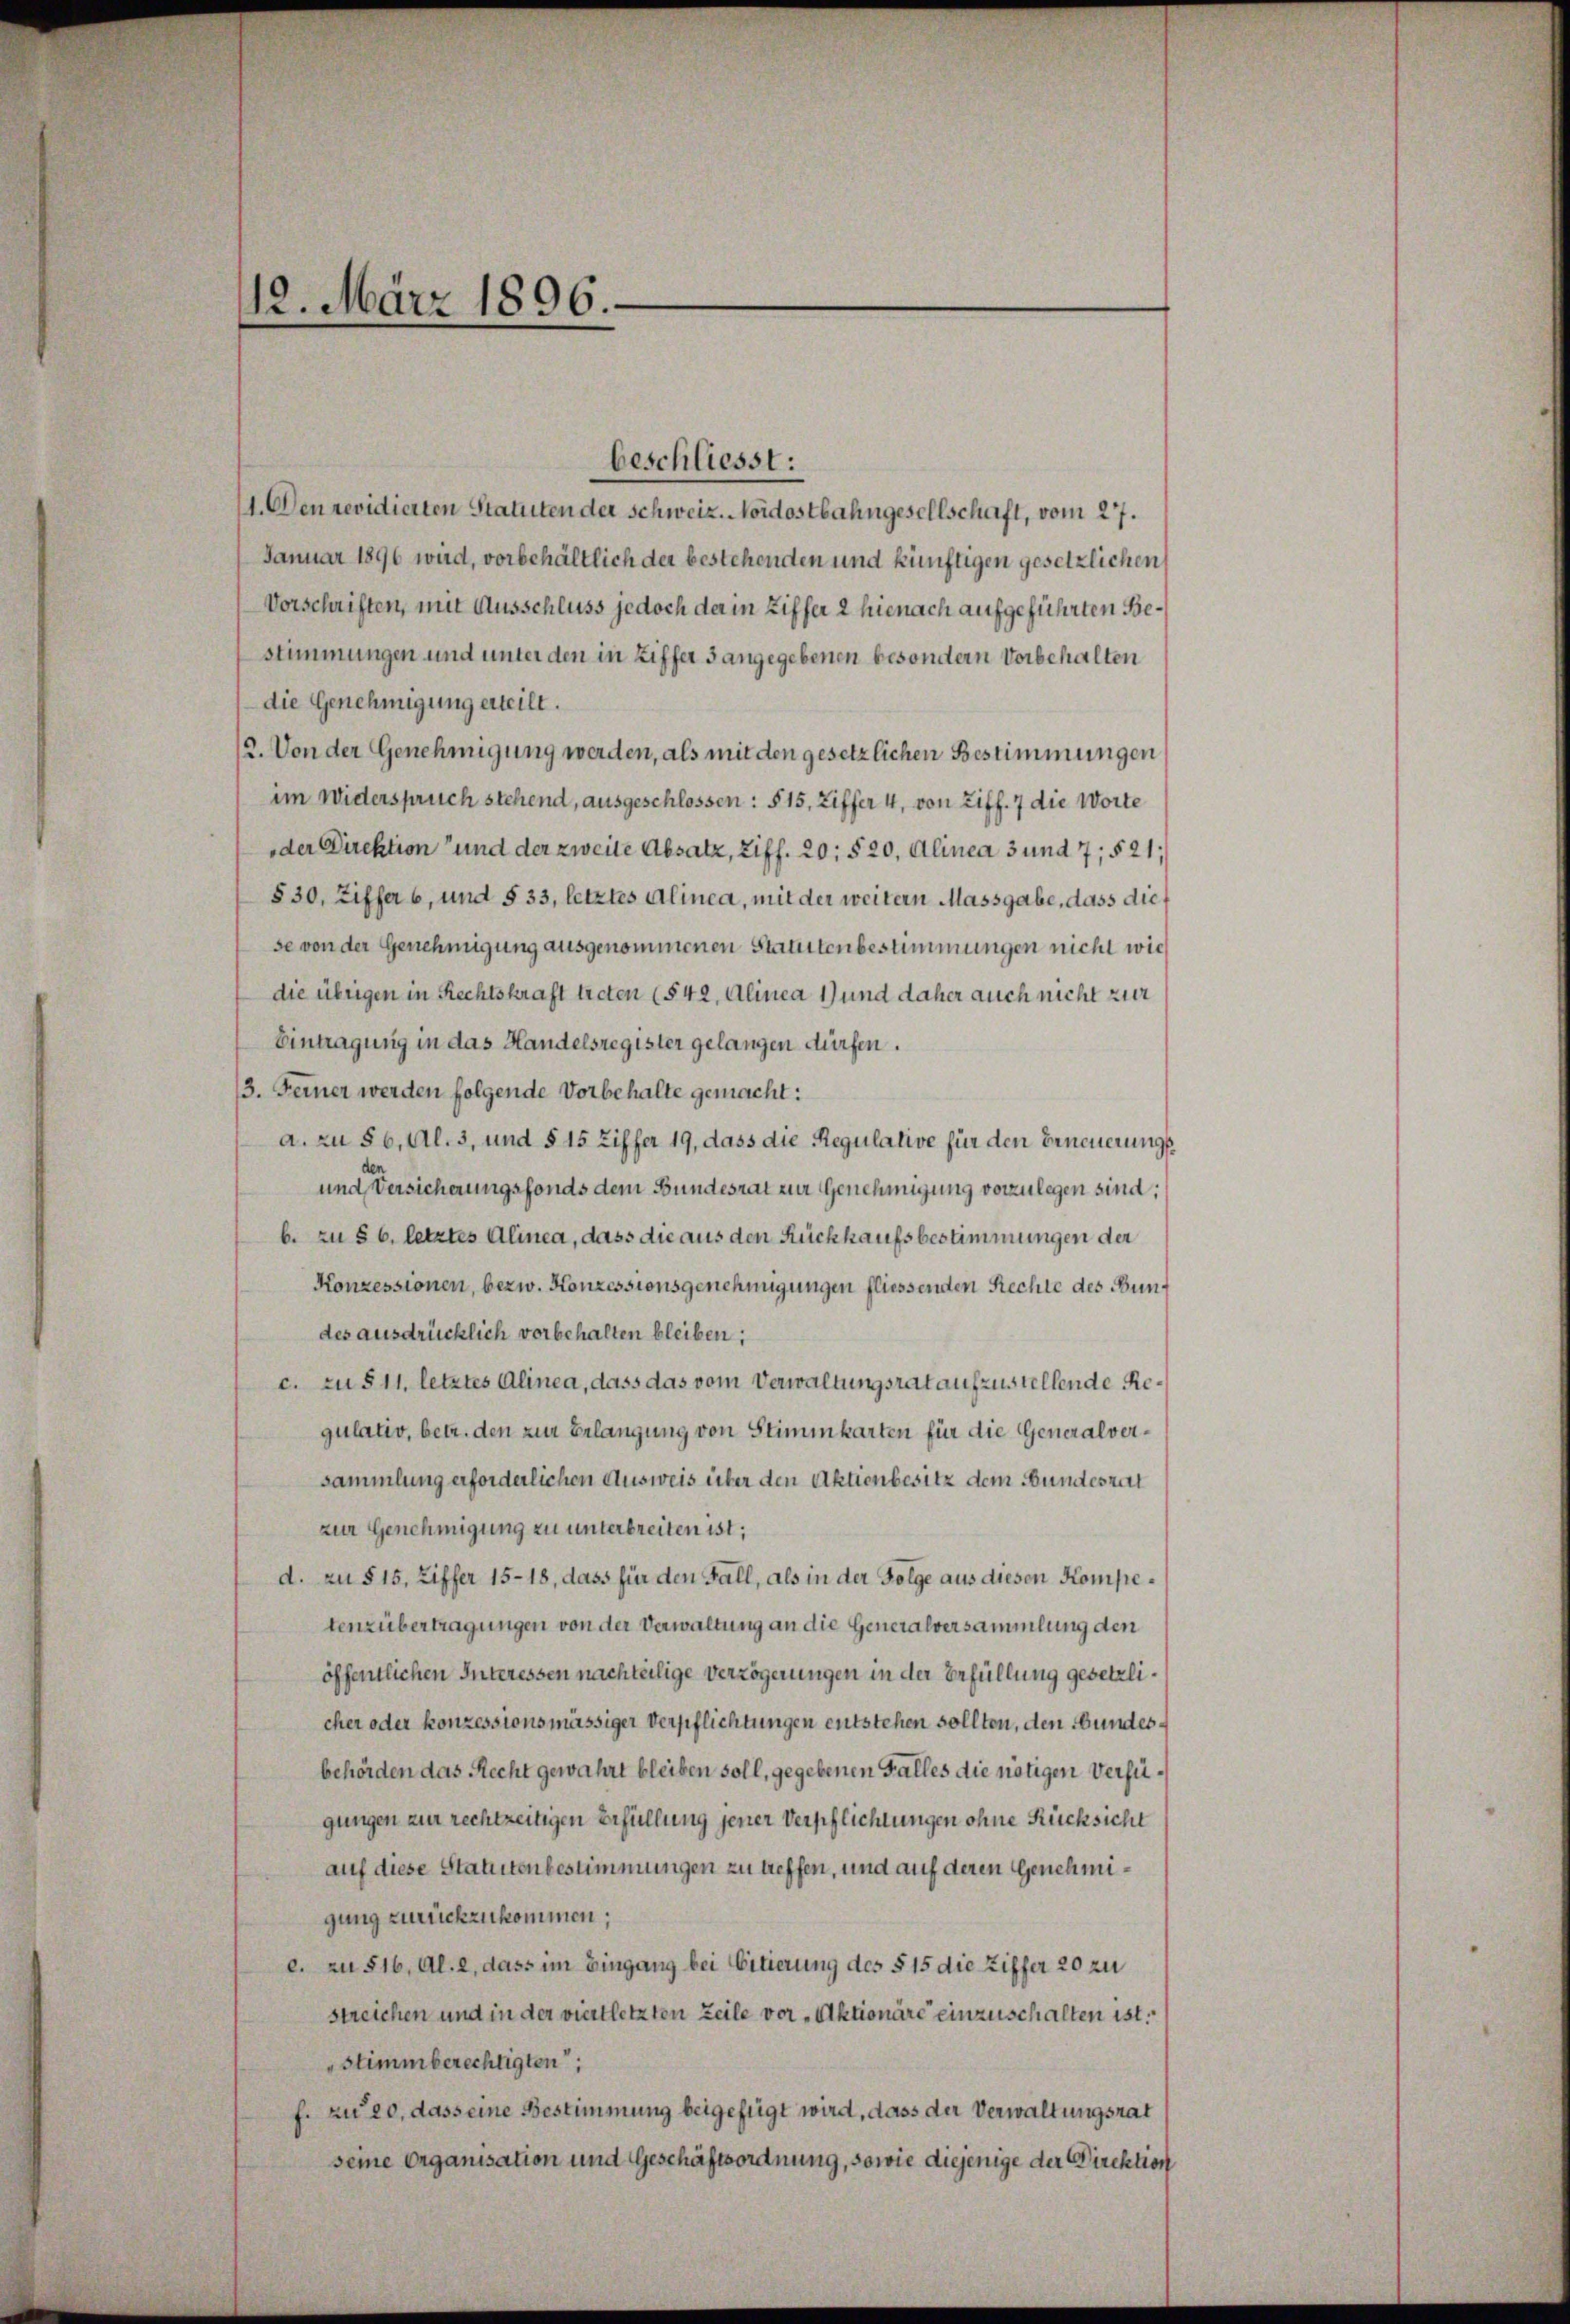
12. März 1896.

1. Den revidierten Statuten der Schweiz. Nordostbahngesellschaft, vom 27.
Januar 1896 wird, vorbehältlich der bestehenden und künftigen gesetzlichen
Vorschriften, mit Ausschluss jedoch der in Ziffer 2 hienach aufgeführten Bestimmungen und unter den in Ziffer 5 angegebenen besondern Vorbehalten
die Genehmigung erteilt.
12. Von der Genehmigung werden, als mit den gesetzlichen Bestimmungen
im Widerspruch stehend, ausgeschlossen: § 15, Ziffer 4, von Ziff. 7 die Worte
der Direktion und der zweite Absatz, Ziff. 20, § 20, Alinea 3 und 7, § 21,
§ 30, Ziffer 6, und § 33, letztes Alinea, mit der weitern Massgabe, dass diese von der Genehmigung ausgenommenen Stattenbestimmungen nicht wie
die übrigen in Rechtskraft treten (§ 42, Alinea 1) und daher auch nicht zur
Eintragung in das Handelsregister gelangen dürfen.
3. Ferner werden folgende Vorbehalte gemacht:
a. zu § 6, Al. 3, und § 15 Ziffer 19, dass die Regulative für den Erneuerungs¬
und Versicherungsfonds dem Bundesrat zur Genehmigung vorzulegen sind;
b. zu § 6. letztes Alinea, dass die aus den Rückkaufsbestimmungen der
Konzessionen, bezw. Konzessionsgenehmigungen fliessenden Rechte des Bundes ausdrücklich vorbehalten bleiben;
c. zu § 11, letztes Alinea, dass das vom Verwaltungsrat aufzustellende Regulativ, betr. den zur Erlangung von Stimmkarten für die Generalversammlung erforderlichen Ausweis über den Aktienbesitz dem Bundesrat
zur Genehmigung zu unterbreiten ist;
d. zu § 15, Ziffer 1518, dass für den Fall, als in der Folge aus diesen Kompetenz übertragungen von der Verwaltung an die Generalversammlung den
öffentlichen Interessen nachteilige Verzögerungen in der Erfüllung gesetzlicher oder konzessionsmässiger Verpflichtungen entstehen sollten, den Bundesbehörden das Recht gewahrt bleiben soll, gegebenen Falles die nötigen Verfügungen zur rechtzeitigen Erfüllung jener Verpflichtungen ohne Rücksicht
auf diese Statutenbestimmungen zu treffen, und auf deren Genehmigung zurückzukommen;
c. zu 516, Al. 2, dass im Eingang bei Citierung des § 15 die Ziffer 20 zu
streichen und in der viertletzten Zeile vor Aktionäre einzuschaften ist.
Stimmberechtigten;
f. zu 20, dass eine Bestimmung beigefügt wird, dass der Verwaltungsrat
seine Organisation und Geschäftsordnung, sowie diejenige der Direktion

beschliesst: